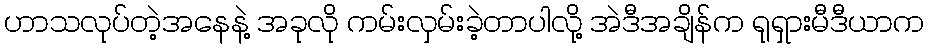
ဟာသလုပ်တဲ့အနေနဲ့ အခုလို ကမ်းလှမ်းခဲ့တာပါလို့ အဲဒီအချိန်က ရုရှားမီဒီယာက